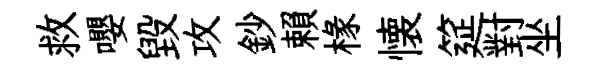
救嚶毁攻鈔賴椽懐筵對坐